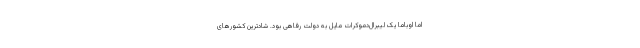
اما اوباما یک لیبرال‌دموکرات مایل به دولت رفاهی بود. شادترین کشورهای